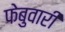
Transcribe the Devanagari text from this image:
फेबुवारी